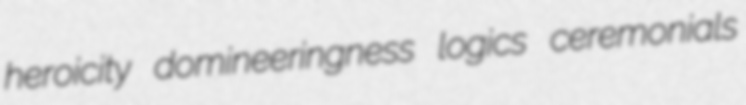
heroicity domineeringness logics ceremonials